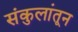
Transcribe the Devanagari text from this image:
संकुलांतून